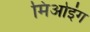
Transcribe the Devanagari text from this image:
मिओइंग